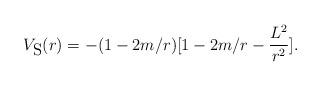
LaTeX: \begin{align*}V_{\mbox{S}}(r)=-(1-2m/r)[1-2m/r-\frac{L^2}{r^2}].\end{align*}